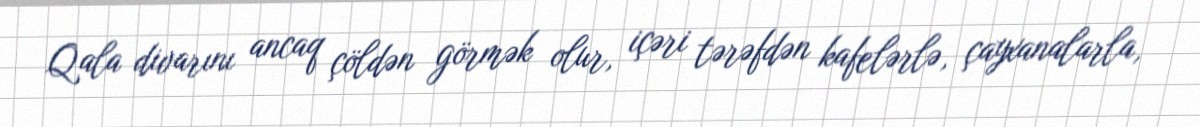
Qala divarını ancaq çöldən görmək olur, içəri tərəfdən kafelərlə, çayxanalarla,